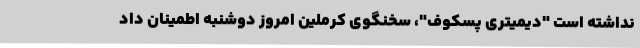
نداشته است "دیمیتری پسکوف"، سخنگوی کرملین امروز دوشنبه اطمینان داد